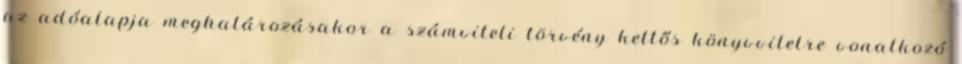
az adóalapja meghatározásakor a számviteli törvény kettős könyvvitelre vonatkozó